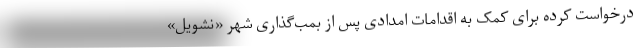
درخواست کرده برای کمک به اقدامات امدادی پس از بمب‌گذاری شهر «نشویل»